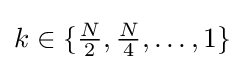
k\in \{{\tfrac {N}{2}},{\tfrac {N}{4}},\dots ,1\}